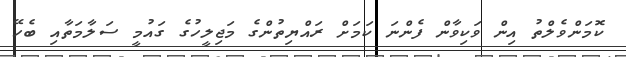
ކޮމަންވެލްތު އިން ވަކިވާން ފެންނަ ކަމަށް ރައްޔިތުންގެ މަޖިލީހުގެ ގައުމީ ސަލާމަތާއި ބެހޭ